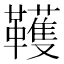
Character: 韄